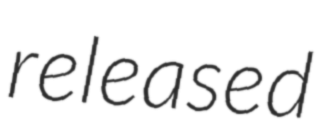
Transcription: released